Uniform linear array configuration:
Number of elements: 64
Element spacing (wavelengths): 0.75
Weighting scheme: kaiser
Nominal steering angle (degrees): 60
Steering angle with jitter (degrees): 61.617
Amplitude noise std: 0.05
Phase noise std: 0.05

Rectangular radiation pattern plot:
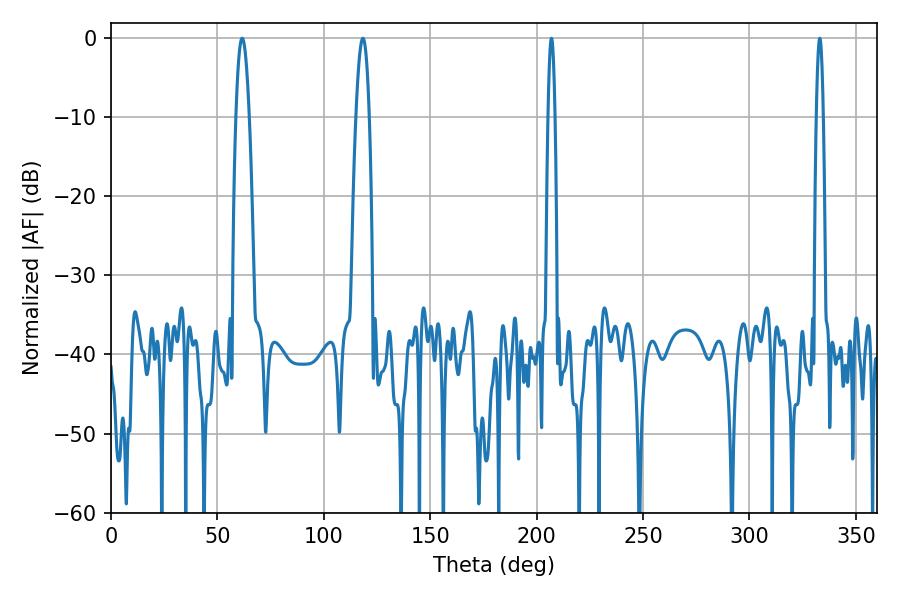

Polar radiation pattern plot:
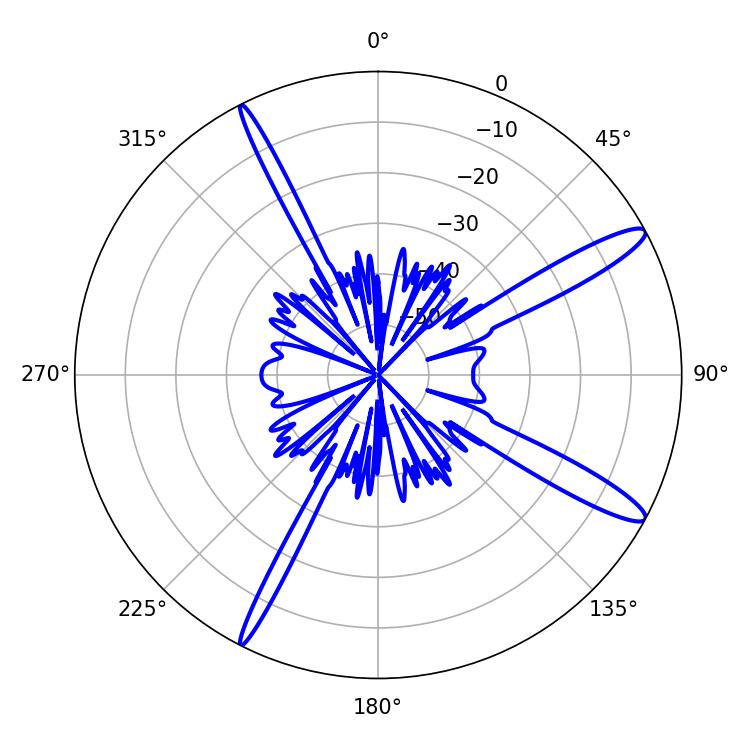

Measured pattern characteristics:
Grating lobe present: TRUE
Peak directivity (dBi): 13.77
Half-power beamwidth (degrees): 1.8
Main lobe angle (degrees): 207